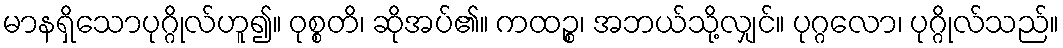
မာနရှိသောပုဂ္ဂိုလ်ဟူ၍။ ဝုစ္စတိ၊ ဆိုအပ်၏။ ကထဉ္စ၊ အဘယ်သို့လျှင်။ ပုဂ္ဂလော၊ ပုဂ္ဂိုလ်သည်။